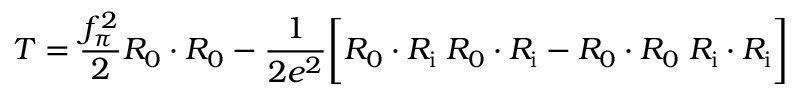
{ \cal T } = { \frac { f _ { \pi } ^ { 2 } } { 2 } } { \cal R } _ { 0 } \cdot { \cal R } _ { 0 } - { \frac { 1 } { 2 e ^ { 2 } } } \biggl [ { \cal R } _ { 0 } \cdot { \cal R } _ { \mathrm { i } } \; { \cal R } _ { 0 } \cdot { \cal R } _ { \mathrm { i } } - { \cal R } _ { 0 } \cdot { \cal R } _ { 0 } \; { \cal R } _ { \mathrm { i } } \cdot { \cal R } _ { \mathrm { i } } \biggr ]